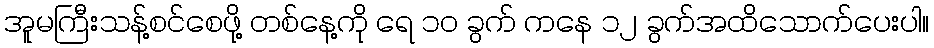
အူမကြီးသန့်စင်စေဖို့ တစ်နေ့ကို ရေ ၁၀ ခွက် ကနေ ၁၂ ခွက်အထိသောက်ပေးပါ။